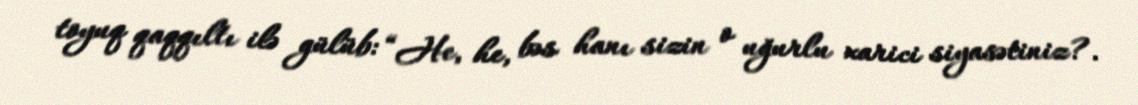
toyuq qaqqıltı ilə gülüb: “He, he, bəs hanı sizin o uğurlu xarici siyasətiniz?.